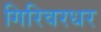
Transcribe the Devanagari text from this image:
गिरिवरधर